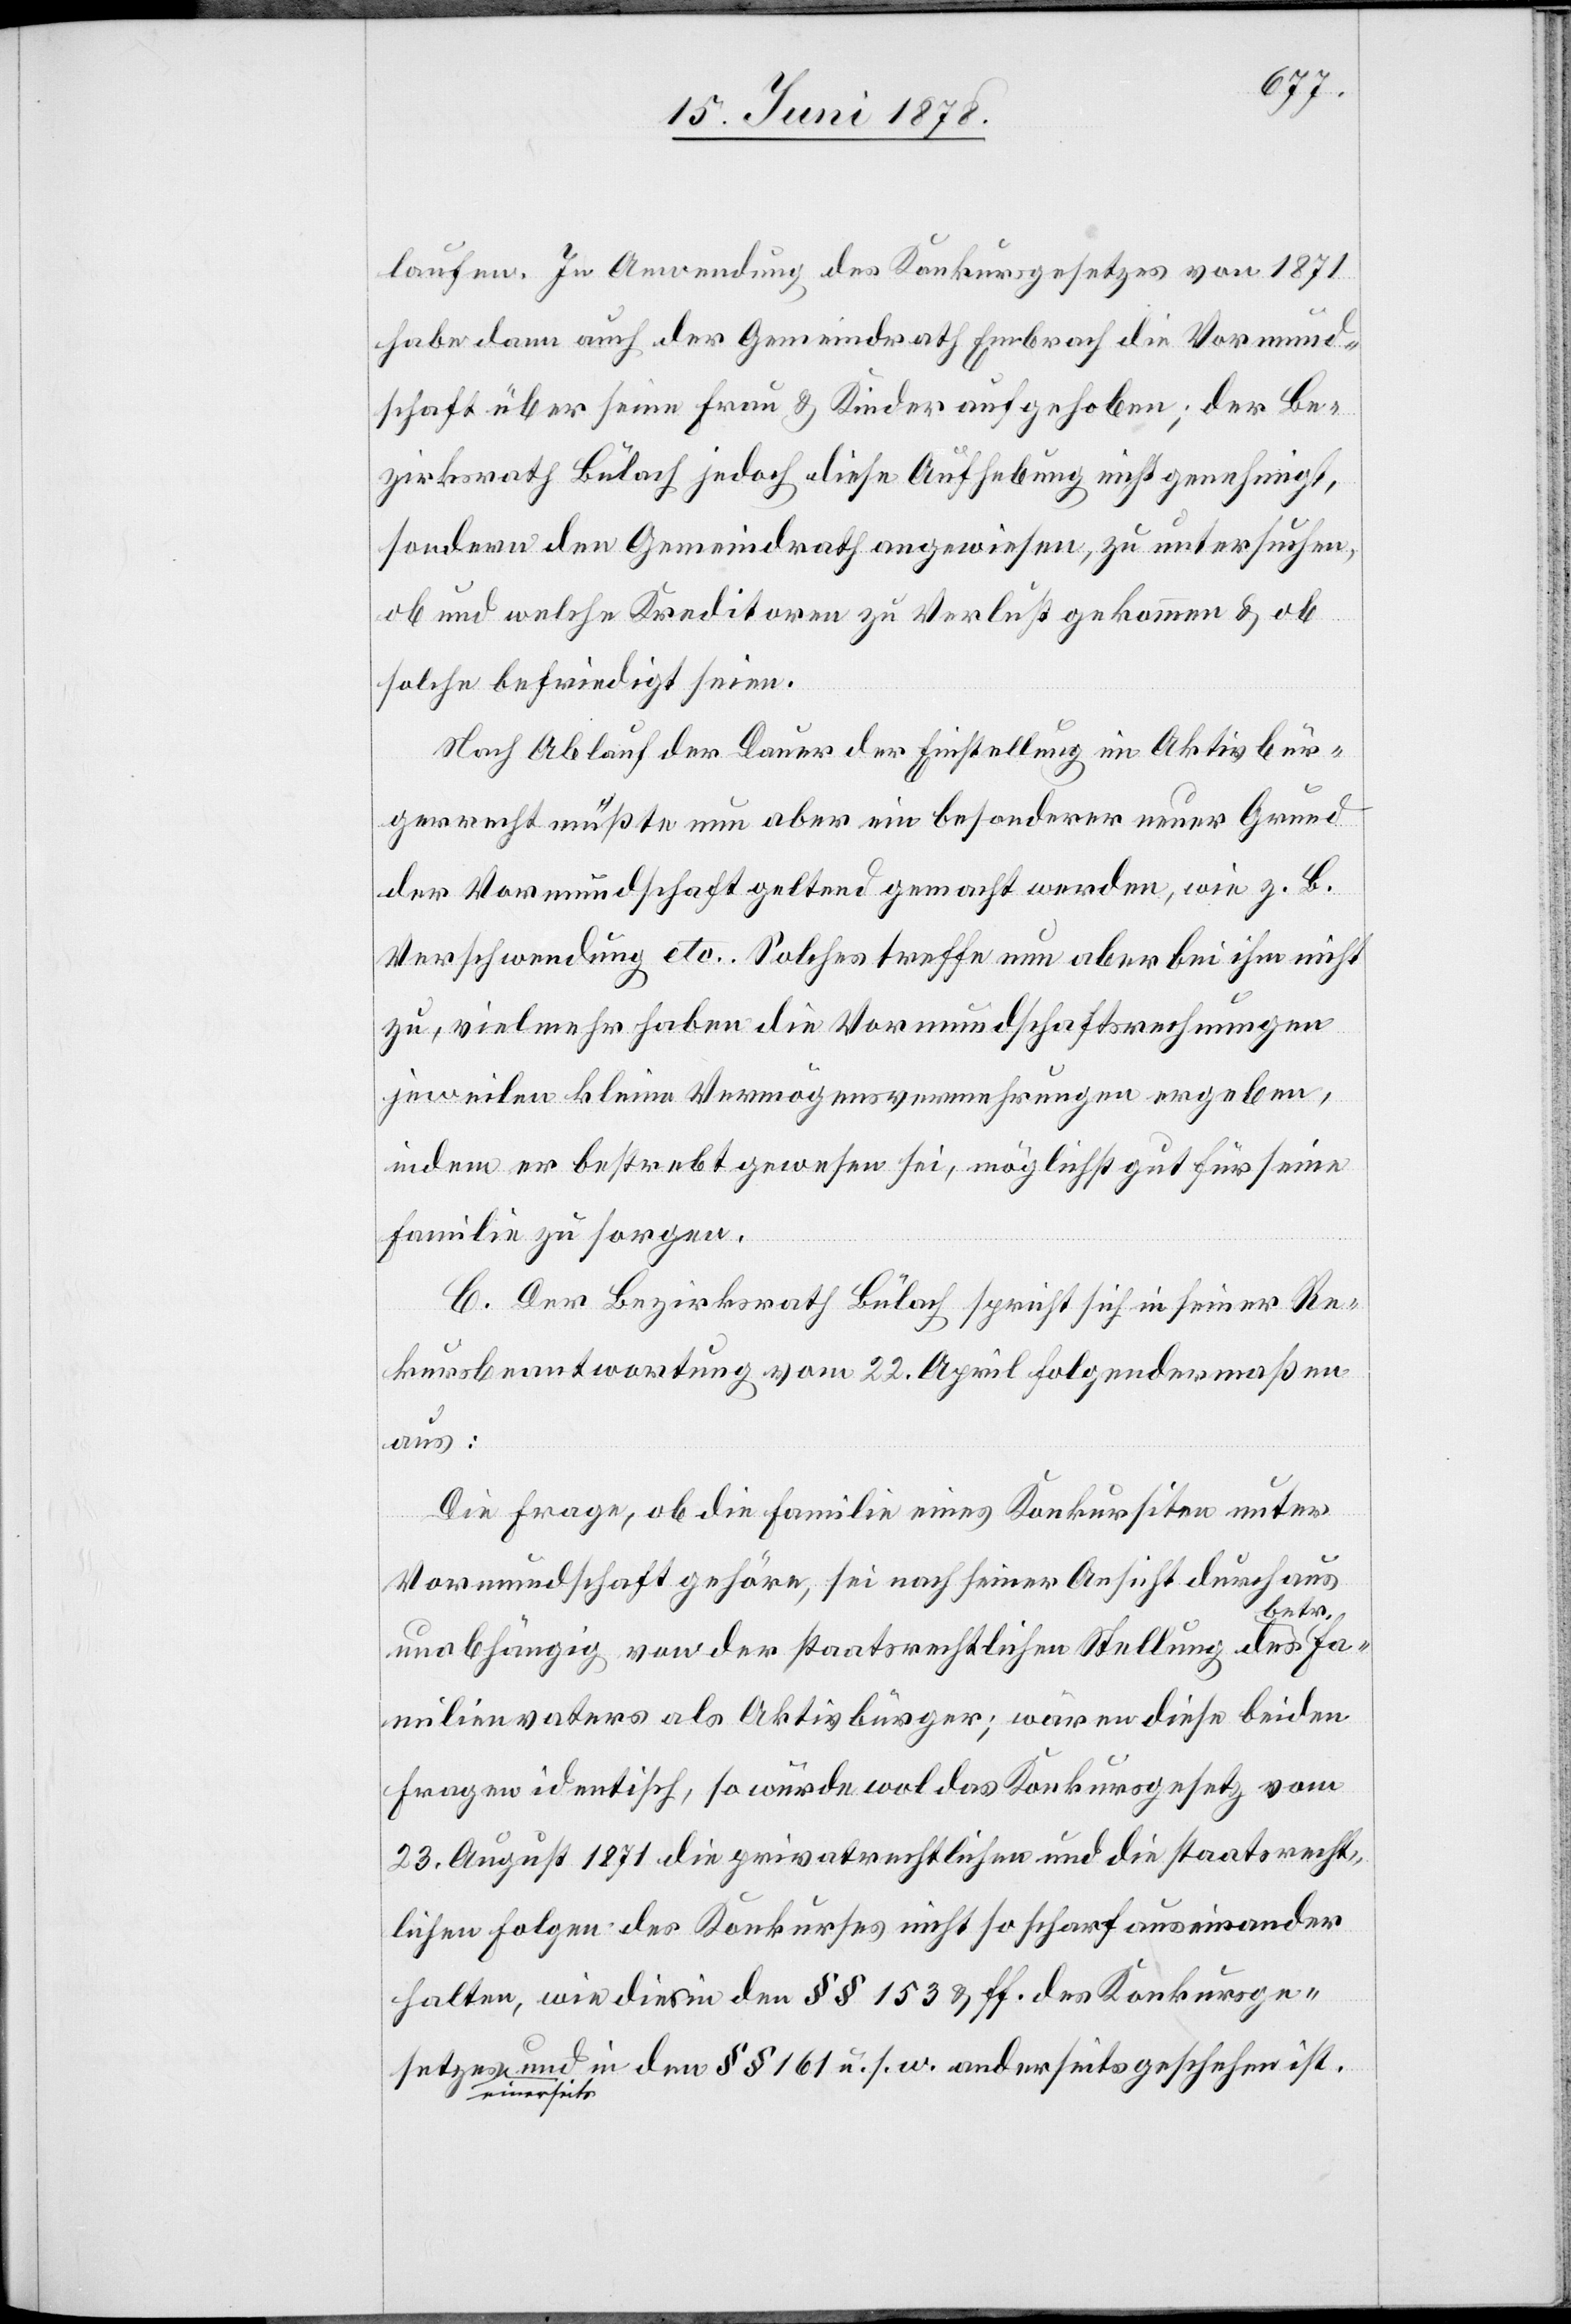
laufen. In Anwendung des Konkursgesetzes von 1871
habe dann auch der Gemeindrath Embrach die Vormund¬
schaft über seine Frau & Kinder aufgehoben; der Be¬
zirksrath Bülach jedoch diese Aufhebung nicht genehmigt,
sondern den Gemeindrath angewiesen, zu untersuchen,
ob und welche Kreditoren zu Verlust gekommen & ob
solche befriedigt seien.
Nach Ablauf der Dauer der Einstellung im Aktivbür¬
gerrecht müßte nun aber ein besonderer neuer Grund
der Vormundschaft geltend gemacht werden, wie z. B.
Verschwendung etc. Solches treffe nun aber bei ihm nicht
zu, vielmehr haben die Vormundschaftsrechnungen
jeweilen kleine Vermögensvermehrungen ergeben,
indem er bestrebt gewesen sei, möglichst gut für seine
Familie zu sorgen.
C. Der Bezirksrath Bülach spricht sich in seiner Re¬
kursbeantwortung vom 22. April folgendermaßen
aus:
Die Frage, ob die Familie eines Konkursiten unter
Vormundschaft gehöre, sei nach seiner Ansicht durchaus
einer¬
unabhängig von der staatsrechtlichen Stellung des b¬
Familienvaters als Aktivbürger; wären diese beiden
Fragen identisch, so würde wol das Konkursgesetz vom
23. August 1871 die privatrechtlichen und die staatsrecht¬
lichen Folgen des Konkurses nicht so scharf auseinander
halten, wie dies in den §§ 153 & ff. des Konkursge¬
seits und in den §§ 161 u. s. w. anderseits geschehen ist.